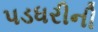
પડધરીની